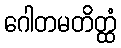
ဂေါတမတိတ္ထံ